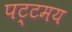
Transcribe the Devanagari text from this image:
पट्टमय